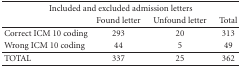
<table><thead><tr><td colspan="4"><b>Included and excluded admission letters</b></td></tr><tr><td></td><td><b>Found letter</b></td><td><b>Unfound letter</b></td><td><b>Total</b></td></tr></thead><tbody><tr><td>Correct ICM 10 coding</td><td>293</td><td>20</td><td>313</td></tr><tr><td>Wrong ICM 10 coding</td><td>44</td><td>5</td><td>49</td></tr><tr><td>TOTAL</td><td>337</td><td>25</td><td>362</td></tr></tbody></table>